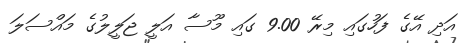
އަދި އޭގެ ފަހުގައި މިރޭ 9.00 ގައި މޫސާ އަލީ ޖަލީލުގެ މައްސަލަ